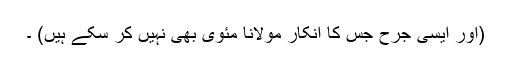
(اور ایسی جرح جس کا انکار مولانا مئوی بھی نہیں کر سکے ہیں) ۔